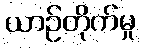
ယာဉ်တိုက်မှု